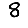
Digit: 8